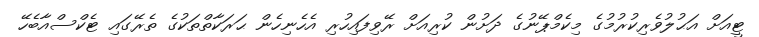
ޓީއަށް އަޙުލުވެރިކުރުމުގެ މިކެމްޕޭނުގެ ދަށުން ކުރިއަށް ރޭވިފައިހުރި އެހެނިހެން ޙަރަކާތްތަކުގެ ތެރޭގައި ޓެކްސްއާބެހޭ